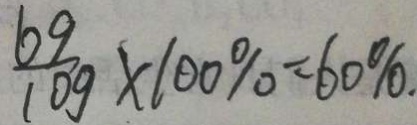
\frac { 6 9 } { 1 0 9 } \times 1 0 0 \% = 6 0 \%